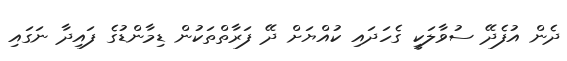
ދެން އުފެދޭ ސުވާލަކީ ގެހަދައި ކުއްޔަށް ދޭ ފަރާތްތަކުން ޑިމާންޑުގެ ފައިދާ ނަގައި